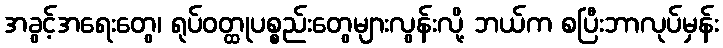
အခွင့်အရေးတွေ၊ ရုပ်ဝတ္ထုပစ္စည်းတွေများလွန်းလို့ ဘယ်က စပြီးဘာလုပ်မှန်း